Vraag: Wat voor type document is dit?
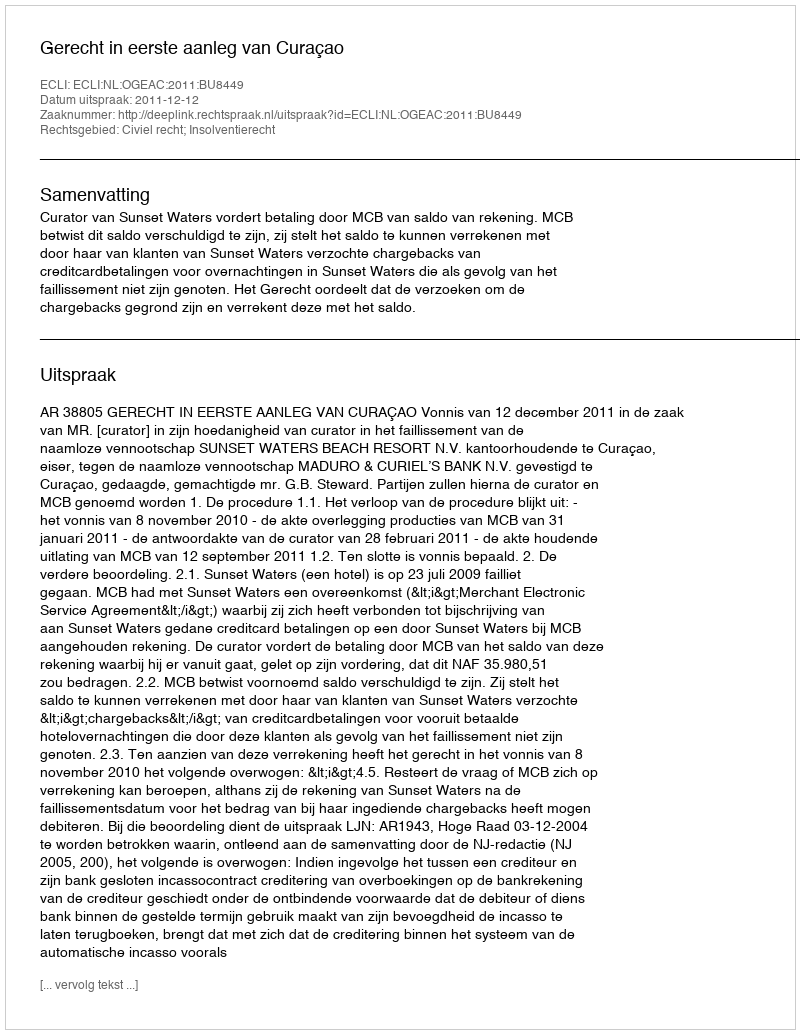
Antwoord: Uitspraak